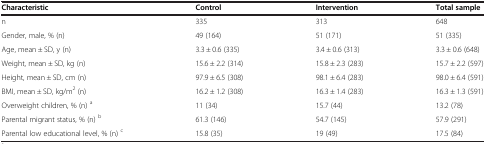
<table><thead><tr><td><b>Characteristic</b></td><td><b>Control</b></td><td><b>Intervention</b></td><td><b>Total sample</b></td></tr></thead><tbody><tr><td>n</td><td>335</td><td>313</td><td>648</td></tr><tr><td>Gender, male, % (n)</td><td>49 (164)</td><td>51 (171)</td><td>51 (335)</td></tr><tr><td>Age, mean ± SD, y (n)</td><td>3.3 ± 0.6 (335)</td><td>3.4 ± 0.6 (313)</td><td>3.3 ± 0.6 (648)</td></tr><tr><td>Weight, mean ± SD, kg (n)</td><td>15.6 ± 2.2 (314)</td><td>15.8 ± 2.3 (283)</td><td>15.7 ± 2.2 (597)</td></tr><tr><td>Height, mean ± SD, cm (n)</td><td>97.9 ± 6.5 (308)</td><td>98.1 ± 6.4 (283)</td><td>98.0 ± 6.4 (591)</td></tr><tr><td>BMI, mean ± SD, kg/m<sup>2</sup> (n)</td><td>16.2 ± 1.2 (308)</td><td>16.3 ± 1.4 (283)</td><td>16.3 ± 1.3 (591)</td></tr><tr><td>Overweight children, % (n) <sup>a</sup></td><td>11 (34)</td><td>15.7 (44)</td><td>13.2 (78)</td></tr><tr><td>Parental migrant status, % (n) <sup>b</sup></td><td>61.3 (146)</td><td>54.7 (145)</td><td>57.9 (291)</td></tr><tr><td>Parental low educational level, % (n) <sup>c</sup></td><td>15.8 (35)</td><td>19 (49)</td><td>17.5 (84)</td></tr></tbody></table>